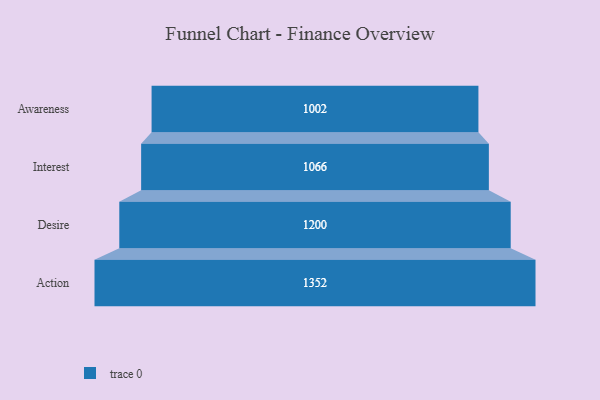
{"axis": {"x": "Stage", "y": "Value"}, "legend": [""], "data": [{"x": "Awareness", "y": 1002.0, "type": ""}, {"x": "Interest", "y": 1066.0, "type": ""}, {"x": "Desire", "y": 1200.0, "type": ""}, {"x": "Action", "y": 1352.0, "type": ""}]}